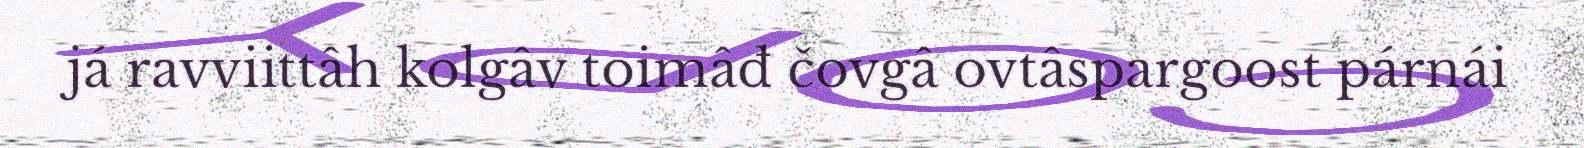
já ravviittâh kolgâv toimâđ čovgâ ovtâspargoost párnái